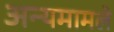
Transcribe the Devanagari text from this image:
अन्यमामले